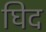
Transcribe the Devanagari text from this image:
घिद